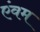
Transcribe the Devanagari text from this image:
एंवम